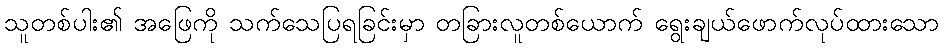
သူတစ်ပါး၏ အဖြေကို သက်သေပြရခြင်းမှာ တခြားလူတစ်ယောက် ရွေးချယ်ဖောက်လုပ်ထားသော